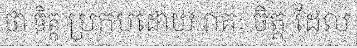
ថា ចិត្ត ប្រកបដោយ រាគៈ ចិត្ត ដែល